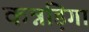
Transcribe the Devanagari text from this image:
कन्नड़िगा